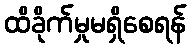
ထိခိုက်မှုမရှိစေရန်